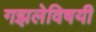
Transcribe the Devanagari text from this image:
गझलेविषयी